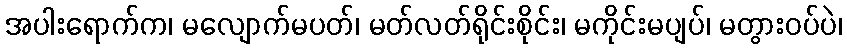
အပါးရောက်က၊ မလျောက်မပတ်၊ မတ်လတ်ရိုင်းစိုင်း၊ မကိုင်းမပျပ်၊ မတွားဝပ်ပဲ၊